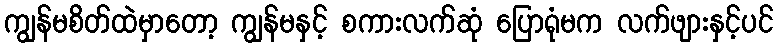
ကျွန်မစိတ်ထဲမှာတော့ ကျွန်မနှင့် စကားလက်ဆုံ ပြောရုံမက လက်ဖျားနှင့်ပင်